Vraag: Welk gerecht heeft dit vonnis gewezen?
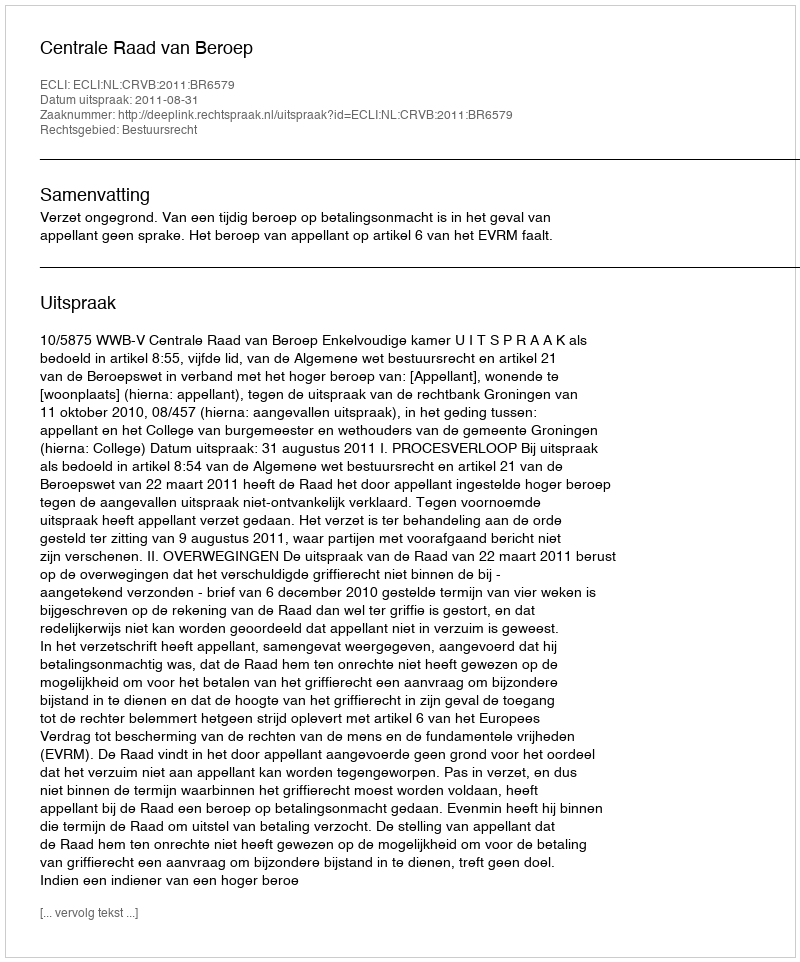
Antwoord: Centrale Raad van Beroep